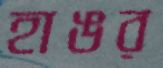
হাঙর